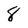
Character: 8